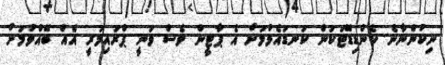
ނިކުންނާނެ ކެންޑިޑޭޓަކުން ކަނޑައެޅުމަށް އެ ޕާޓީން ވެސް ވަނީ ޕްރައިމަރީ އެއް ބޭއްވުމަށް